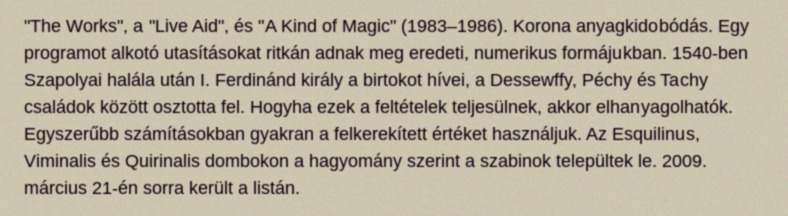
"The Works", a "Live Aid", és "A Kind of Magic" (1983–1986). Korona anyagkidobódás. Egy programot alkotó utasításokat ritkán adnak meg eredeti, numerikus formájukban. 1540-ben Szapolyai halála után I. Ferdinánd király a birtokot hívei, a Dessewffy, Péchy és Tachy családok között osztotta fel. Hogyha ezek a feltételek teljesülnek, akkor elhanyagolhatók. Egyszerűbb számításokban gyakran a felkerekített értéket használjuk. Az Esquilinus, Viminalis és Quirinalis dombokon a hagyomány szerint a szabinok települtek le. 2009. március 21-én sorra került a listán.